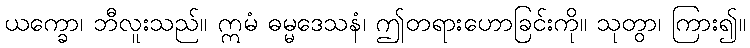
ယက္ခော၊ ဘီလူးသည်။ ဣမံ ဓမ္မဒေသနံ၊ ဤတရားဟောခြင်းကို။ သုတွာ၊ ကြား၍။